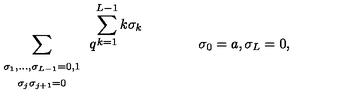
\renewcommand { \arraystretch } { 1 } \sum _ { \begin{array} { c } { \scriptstyle \sigma _ { 1 } , \ldots , \sigma _ { L - 1 } = 0 , 1 } \\ { \scriptstyle \sigma _ { j } \sigma _ { j + 1 } = 0 } \\ \end{array} } q ^ { \displaystyle \sum _ { k = 1 } ^ { L - 1 } k \sigma _ { k } } \qquad \qquad \sigma _ { 0 } = a , \sigma _ { L } = 0 ,